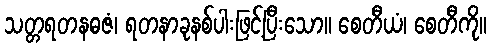
သတ္တရတနဓဇံ၊ ရတနာခုနစ်ပါးဖြင့်ပြီးသော။ စေတီယံ၊ စေတီကို။